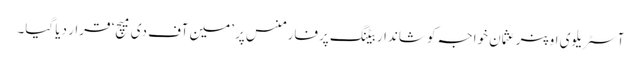
آسٹریلوی اوپنر عثمان خواجہ کو شاندار بیٹنگ پرفارمنس پر ’مین آف دی میچ‘ قرار دیا گیا۔